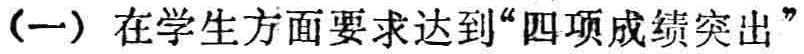
（一）在学生方面要求达到“四项成绩突出”